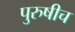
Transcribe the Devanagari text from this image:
पुरुषीच